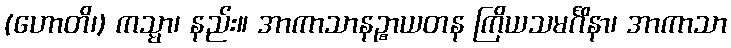
(ဟောတိ၊) ကသ္မာ၊ နည်း။ အာကာသာနဉ္စာယတန ကြိယသမင်္ဂိနာ၊ အာကာသာ